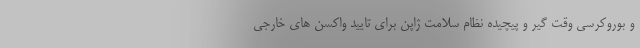
و بوروکرسی وقت گیر و پیچیده نظام سلامت ژاپن برای تایید واکسن های خارجی